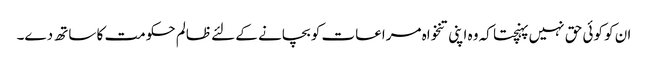
ان کو کوئی حق نہیں پہنچتا کہ وہ اپنی تنخواہ مراعات کو بچانے کے لئے ظالم حکومت کا ساتھ دے۔